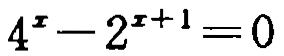
\(4^{x}-2^{x + 1}=0\)